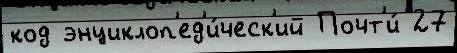
код энциклоп'ед'и́ческ'ий Почт'и́ 27